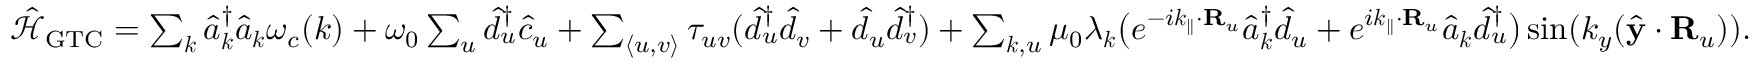
\begin{array} { r l } & { \mathcal { \hat { H } } _ { \mathrm { G T C } } = \sum _ { { \boldsymbol k } } \hat { a } _ { \boldsymbol k } ^ { \dagger } \hat { a } _ { \boldsymbol k } \omega _ { c } ( { \boldsymbol k } ) + \omega _ { 0 } \sum _ { u } \hat { d } _ { u } ^ { \dagger } \hat { c } _ { u } + \sum _ { \langle u , v \rangle } \tau _ { u v } ( \hat { d } _ { u } ^ { \dagger } \hat { d } _ { v } + \hat { d } _ { u } \hat { d } _ { v } ^ { \dagger } ) + \sum _ { { \boldsymbol k } , u } \mu _ { 0 } \lambda _ { \boldsymbol k } \big ( e ^ { - i { \boldsymbol k _ { \parallel } } \cdot { \bf R } _ { u } } \hat { a } _ { { \boldsymbol k } } ^ { \dagger } \hat { d } _ { u } + e ^ { i { \boldsymbol k _ { \parallel } } \cdot { \bf R } _ { u } } \hat { a } _ { { \boldsymbol k } } \hat { d } _ { u } ^ { \dagger } \big ) \sin ( { k _ { y } } ( \hat { \bf y } \cdot { \bf R } _ { u } ) ) . } \end{array}